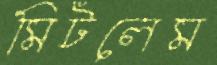
মিটলেম